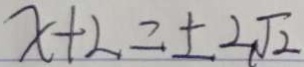
x + 2 = \pm 2 \sqrt { 2 }